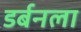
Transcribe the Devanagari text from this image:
डर्बनला